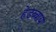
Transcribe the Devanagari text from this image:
हेडब्वाय